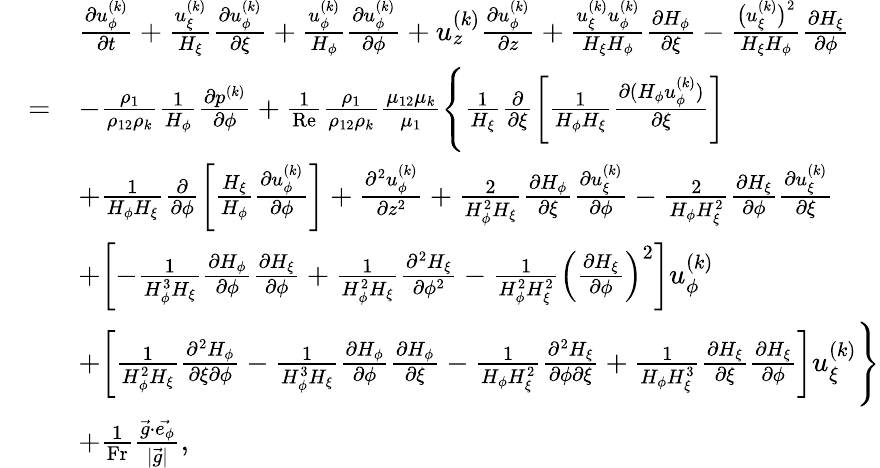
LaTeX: \begin{array}{rl}&{\begin{array}{rl}&{\frac{\partial u_{\phi}^{(k)}}{\partial t}+\frac{u_{\xi}^{(k)}}{H_{\xi}}\frac{\partial u_{\phi}^{(k)}}{\partial\xi}+\frac{u_{\phi}^{(k)}}{H_{\phi}}\frac{\partial u_{\phi}^{(k)}}{\partial\phi}+u_{z}^{(k)}\frac{\partial u_{\phi}^{(k)}}{\partial z}+\frac{u_{\xi}^{(k)}u_{\phi}^{(k)}}{H_{\xi}H_{\phi}}\frac{\partial H_{\phi}}{\partial\xi}-\frac{\big(u_{\xi}^{(k)}\big)^{2}}{H_{\xi}H_{\phi}}\frac{\partial H_{\xi}}{\partial\phi}}\\ {=}&{-\frac{\rho_{1}}{\rho_{12}\rho_{k}}\frac{1}{H_{\phi}}\frac{\partial p^{(k)}}{\partial\phi}+\frac{1}{\mathrm{Re}}\frac{\rho_{1}}{\rho_{12}\rho_{k}}\frac{\mu_{12}\mu_{k}}{\mu_{1}}\Biggl\{ \frac{1}{H_{\xi}}\frac{\partial}{\partial\xi}\biggl[\frac{1}{H_{\phi}H_{\xi}}\frac{\partial(H_{\phi}u_{\phi}^{(k)})}{\partial\xi}\biggr]}\\ &{+\frac{1}{H_{\phi}H_{\xi}}\frac{\partial}{\partial\phi}\biggl[\frac{H_{\xi}}{H_{\phi}}\frac{\partial u_{\phi}^{(k)}}{\partial\phi}\biggr]+\frac{\partial^{2}u_{\phi}^{(k)}}{\partial z^{2}}+\frac{2}{H_{\phi}^{2}H_{\xi}}\frac{\partial H_{\phi}}{\partial\xi}\frac{\partial u_{\xi}^{(k)}}{\partial\phi}-\frac{2}{H_{\phi}H_{\xi}^{2}}\frac{\partial H_{\xi}}{\partial\phi}\frac{\partial u_{\xi}^{(k)}}{\partial\xi}}\\ &{+\biggl[-\frac{1}{H_{\phi}^{3}H_{\xi}}\frac{\partial H_{\phi}}{\partial\phi}\frac{\partial H_{\xi}}{\partial\phi}+\frac{1}{H_{\phi}^{2}H_{\xi}}\frac{\partial^{2}H_{\xi}}{\partial\phi^{2}}-\frac{1}{H_{\phi}^{2}H_{\xi}^{2}}\left(\frac{\partial H_{\xi}}{\partial\phi}\right)^{2}\biggr]u_{\phi}^{(k)}}\\ &{+\biggl[\frac{1}{H_{\phi}^{2}H_{\xi}}\frac{\partial^{2}H_{\phi}}{\partial\xi\partial\phi}-\frac{1}{H_{\phi}^{3}H_{\xi}}\frac{\partial H_{\phi}}{\partial\phi}\frac{\partial H_{\phi}}{\partial\xi}-\frac{1}{H_{\phi}H_{\xi}^{2}}\frac{\partial^{2}H_{\xi}}{\partial\phi\partial\xi}+\frac{1}{H_{\phi}H_{\xi}^{3}}\frac{\partial H_{\xi}}{\partial\xi}\frac{\partial H_{\xi}}{\partial\phi}\biggr]u_{\xi}^{(k)}\Biggr\} }\\ &{+\frac{1}{\mathrm{Fr}}\frac{\vec{g}\cdot\vec{e_{\phi}}}{|\vec{g}|},}\end{array}}\end{array}